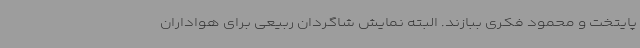
پایتخت و محمود فکری ببازند. البته نمایش شاگردان ربیعی برای هواداران